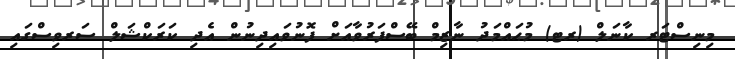
މިނިސްޓަރ ކާނަލް (ރޓ) މުޙައްމަދު ނާޒިމް ބޭސްފަރުވާއަށް ފޮނުވައިދިނުން އެދި ކަރަކްޝަލް ސަރވިސްގައި